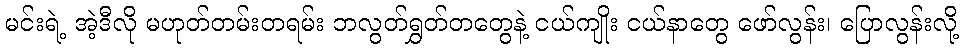
မင်းရဲ့ အဲ့ဒီလို မဟုတ်တမ်းတရမ်း ဘလွတ်ရွှတ်တတွေနဲ့ ငယ်ကျိုး ငယ်နာတွေ ဖော်လွန်း၊ ပြောလွန်းလို့